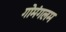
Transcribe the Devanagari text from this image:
गोमंगलम